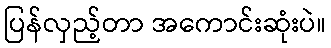
ပြန်လှည့်တာ အကောင်းဆုံးပဲ။